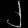
Digit: ၂